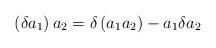
LaTeX: \begin{align*}\left( \delta a_1 \right) a_2 = \delta \left( a_1 a_2 \right)- a_1 \delta a_2\end{align*}